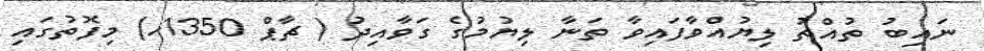
ނައިބު ތުއްތު ލިޔުއްވާފައިވާ ތަނާ ލިޔުމުގެ ގަވާއިދު ( ޗާޕް 1350ހ) މިފޮތުގައި